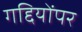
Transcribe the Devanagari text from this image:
गद्दियोंपर